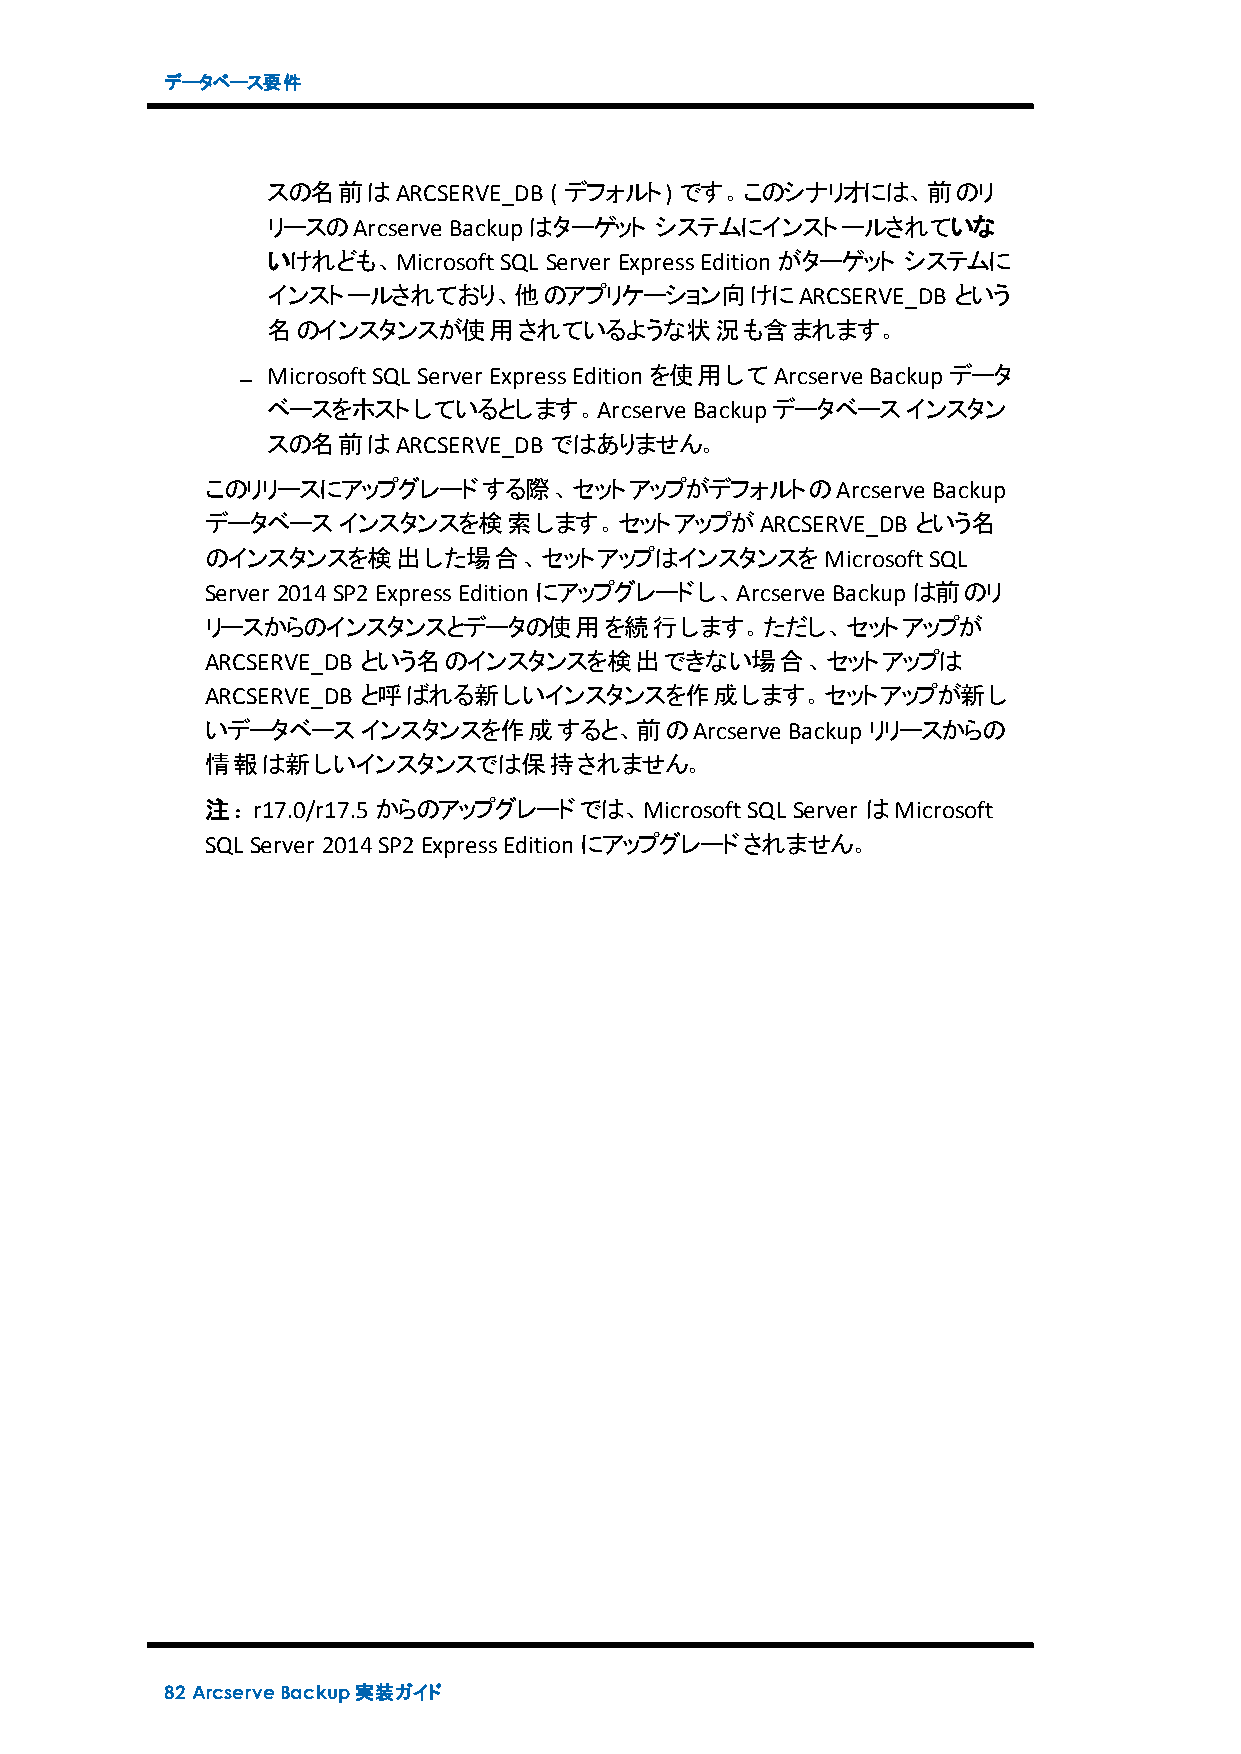
データベース要件
 スの名前はARCSERVE_DB  ( デフォルト) です。このシナリオには、前のリ
 リースのArcserve Backupはターゲット システムにインストールされていな
 いけれども、MicrosoftSQL Server ExpressEditionがターゲット システムに
 インストールされており、他のアプリケーション向けにARCSERVE_DB         という
 名のインスタンスが使用されているような状況も含まれます。
 MicrosoftSQL Server ExpressEditionを使用してArcserve Backupデータ
 ベースをホストしているとします。Arcserve    Backupデータベースインスタン
 スの名前はARCSERVE_DB  ではありません。
 このリリースにアップグレードする際、セットアップがデフォルトのArcserve         Backup
 データベースインスタンスを検索します。セットアップがARCSERVE_DB          という名
 のインスタンスを検出した場合、セットアップはインスタンスをMicrosoftSQL
 Server 2014SP2ExpressEditionにアップグレードし、Arcserve Backupは前のリ
 リースからのインスタンスとデータの使用を続行します。ただし、セットアップが
 ARCSERVE_DB という名のインスタンスを検出できない場合、セットアップは
 ARCSERVE_DB と呼ばれる新しいインスタンスを作成します。セットアップが新し
 いデータベースインスタンスを作成すると、前のArcserve        Backupリリースからの
 情報は新しいインスタンスでは保持されません。
 注：r17.0/r17.5からのアップグレードでは、MicrosoftSQL Server はMicrosoft
 SQL Server 2014SP2ExpressEditionにアップグレードされません。
 82 ArcserveBackup実装ガイド